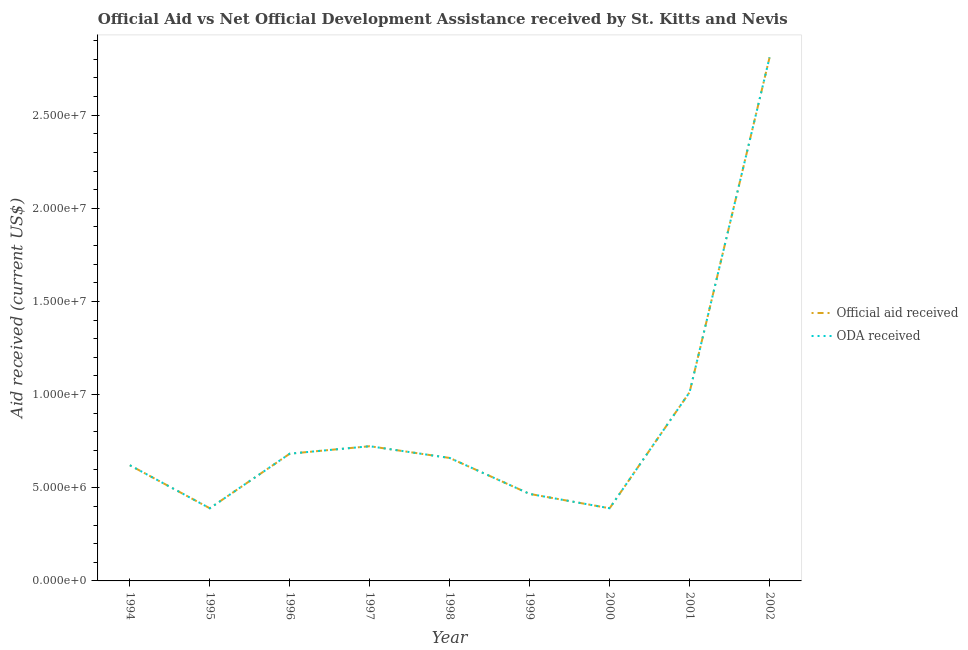
| Year | Official aid received | ODA received |
 | --- | --- | --- |
 | 1994 | 6.21e+06 | 6.21e+06 |
 | 1995 | 3.9e+06 | 3.9e+06 |
 | 1996 | 6.83e+06 | 6.83e+06 |
 | 1997 | 7.23e+06 | 7.23e+06 |
 | 1998 | 6.6e+06 | 6.6e+06 |
 | 1999 | 4.67e+06 | 4.67e+06 |
 | 2000 | 3.9e+06 | 3.9e+06 |
 | 2001 | 1.01e+07 | 1.01e+07 |
 | 2002 | 2.81e+07 | 2.81e+07 |